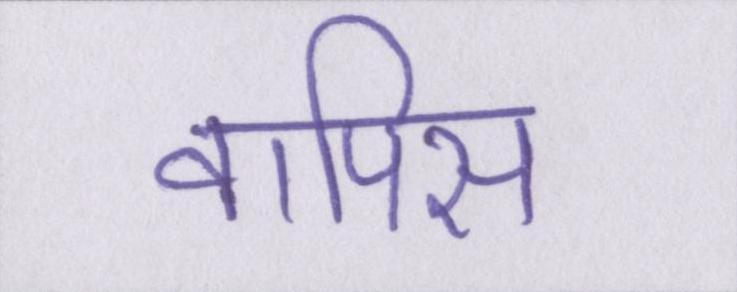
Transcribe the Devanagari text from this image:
वापिस